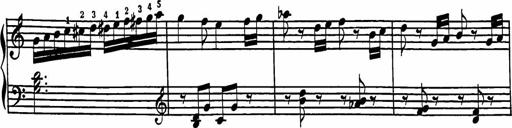
Title: 2 Sonatines
Composer: Richard Zeckwer